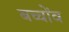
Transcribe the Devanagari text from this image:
बच्चोंव